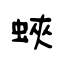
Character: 蛺